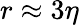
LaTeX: r\approx 3\eta